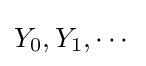
Y_{0},Y_{1},\cdots